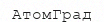
АтомГрад